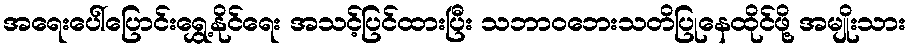
အရေးပေါ်ပြောင်းရွှေ့နိုင်ရေး အသင့်ပြင်ထားပြီး သဘာဝဘေးသတိပြုနေထိုင်ဖို့ အမျိုးသား